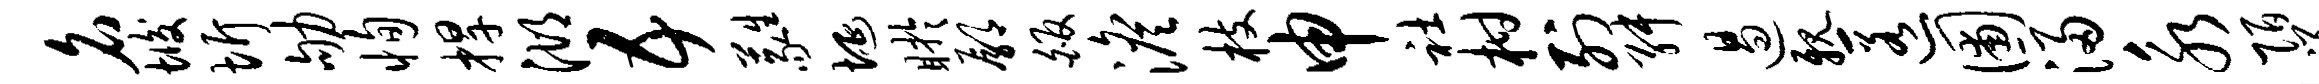
名垢圻劬恂捍湖五蕤埏盱鄢皈澹枝申社柑列舛遏亲匿圃浸永陌祥垓